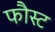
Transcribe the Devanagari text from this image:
फौस्ट